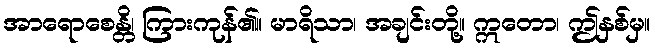
အာရောစေန္တိ၊ ကြားကုန်၏။ မာရိသာ၊ အချင်းတို့။ ဣတော၊ ဤနှစ်မှ။